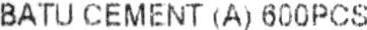
BATU CEMENT (A) 600PCS